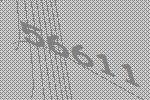
56611